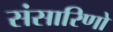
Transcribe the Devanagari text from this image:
संसारिणो